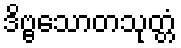
ဒိဗ္ဗသောတသုတ္တံ